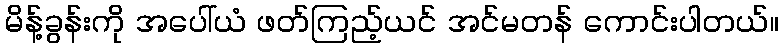
မိန့်ခွန်းကို အပေါ်ယံ ဖတ်ကြည့်ယင် အင်မတန် ကောင်းပါတယ်။